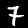
Digit: 7